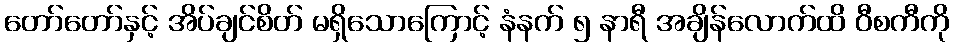
တော်တော်နှင့် အိပ်ချင်စိတ် မရှိသောကြောင့် နံနက် ၅ နာရီ အချိန်လောက်ထိ ဝီစကီကို